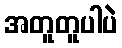
အတူတူပါပဲ